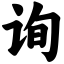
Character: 询